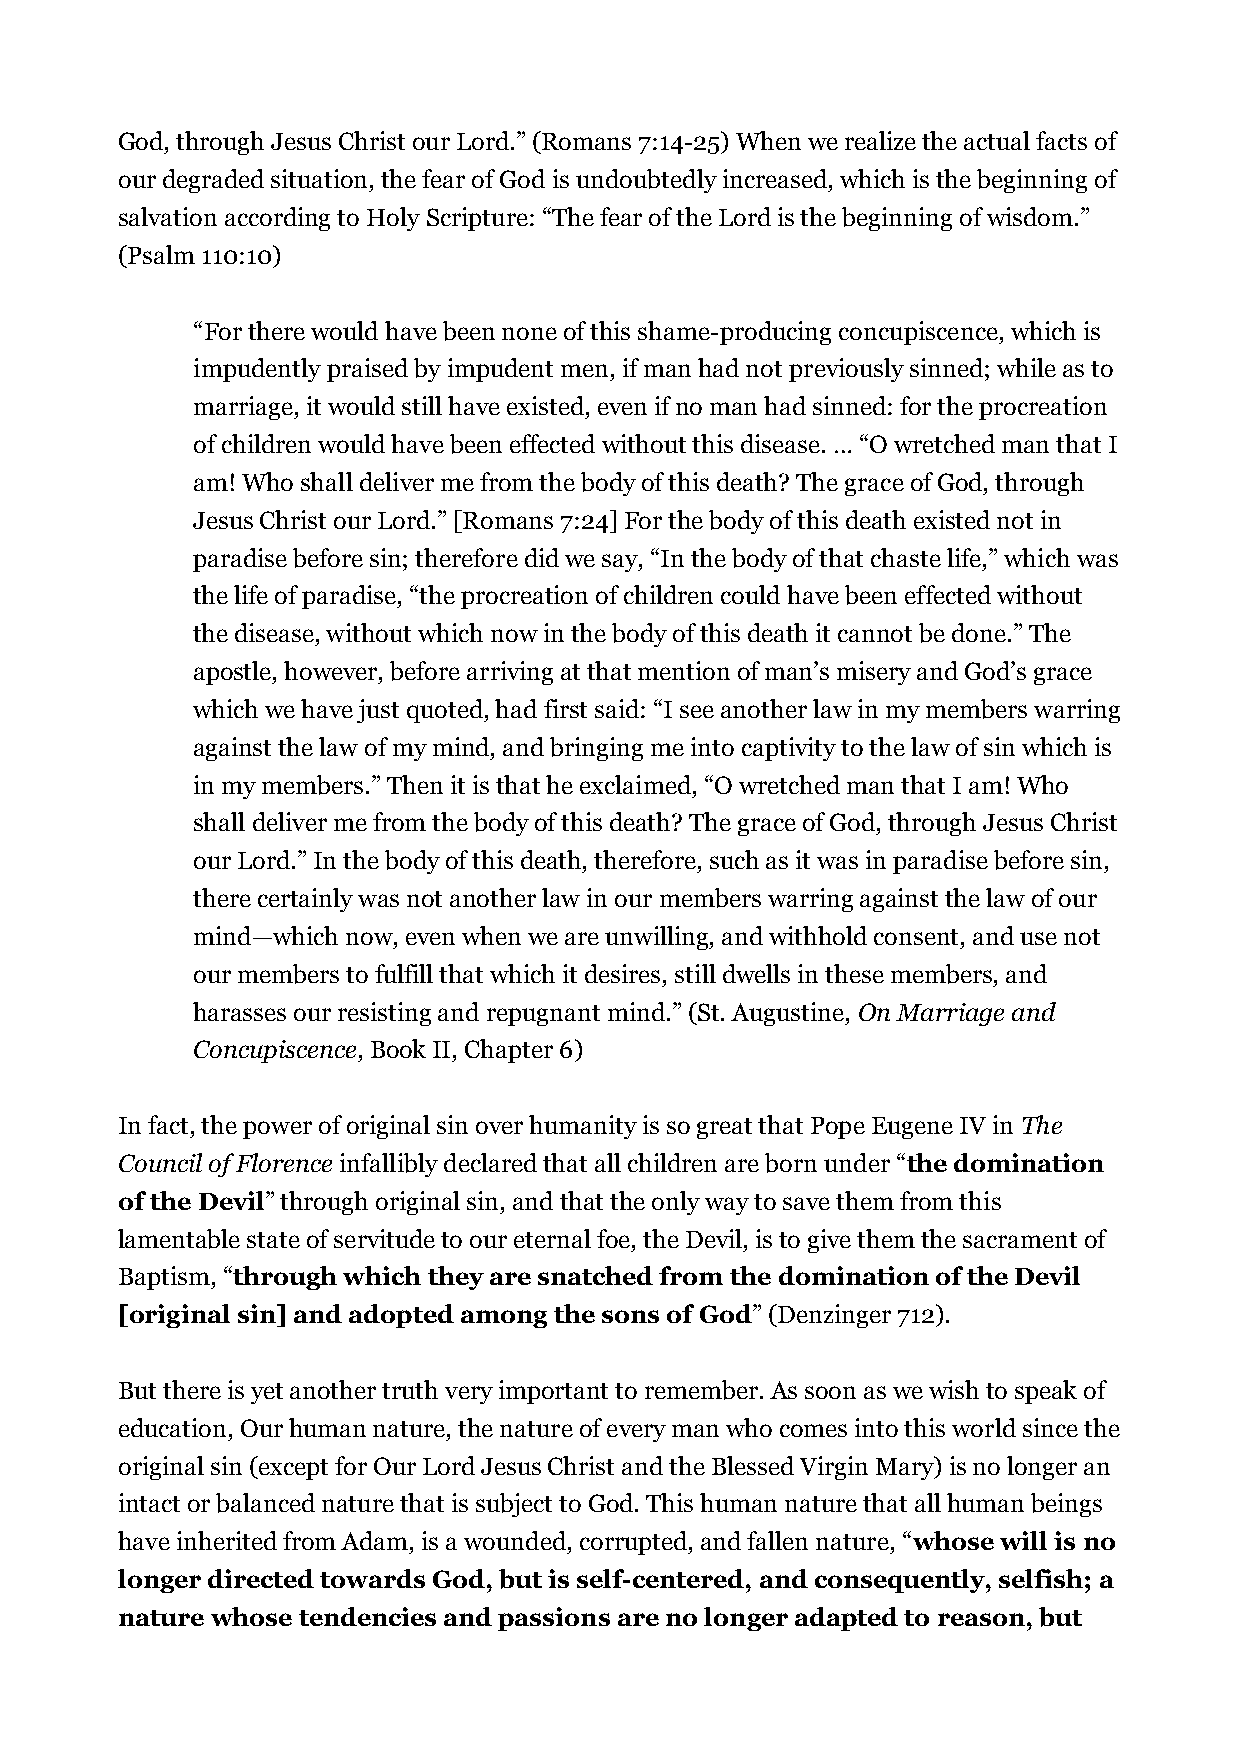
God, through Jesus Christ our Lord.” (Romans 7:14-25) When we realize the actual facts of
 our degraded situation, the fear of God is undoubtedly increased, which is the beginning of
 salvation according to Holy Scripture: “The fear of the Lord is the beginning of wisdom.”
 (Psalm 110:10)
 “For there would have been none of this shame-producing concupiscence, which is
 impudently praised by impudent men, if man had not previously sinned; while as to
 marriage, it would still have existed, even if no man had sinned: for the procreation
 of children would have been effected without this disease. … “O wretched man that I
 am! Who shall deliver me from the body of this death? The grace of God, through
 Jesus Christ our Lord.” [Romans 7:24] For the body of this death existed not in
 paradise before sin; therefore did we say, “In the body of that chaste life,” which was
 the life of paradise, “the procreation of children could have been effected without
 the disease, without which now in the body of this death it cannot be done.” The
 apostle, however, before arriving at that mention of man’s misery and God’s grace
 which we have just quoted, had first said: “I see another law in my members warring
 against the law of my mind, and bringing me into captivity to the law of sin which is
 in my members.” Then it is that he exclaimed, “O wretched man that I am! Who
 shall deliver me from the body of this death? The grace of God, through Jesus Christ
 our Lord.” In the body of this death, therefore, such as it was in paradise before sin,
 there certainly was not another law in our members warring against the law of our
 mind—which now, even when we are unwilling, and withhold consent, and use not
 our members to fulfill that which it desires, still dwells in these members, and
 harasses our resisting and repugnant mind.” (St. Augustine, On Marriage and
 Concupiscence, Book II, Chapter 6)
 In fact, the power of original sin over humanity is so great that Pope Eugene IV in The
 Council of Florence infallibly declared that all children are born under “the domination
 of the Devil” through original sin, and that the only way to save them from this
 lamentable state of servitude to our eternal foe, the Devil, is to give them the sacrament of
 Baptism, “through which they are snatched from the domination of the Devil
 [original sin] and adopted among the sons of God” (Denzinger 712).
 But there is yet another truth very important to remember. As soon as we wish to speak of
 education, Our human nature, the nature of every man who comes into this world since the
 original sin (except for Our Lord Jesus Christ and the Blessed Virgin Mary) is no longer an
 intact or balanced nature that is subject to God. This human nature that all human beings
 have inherited from Adam, is a wounded, corrupted, and fallen nature, “whose will is no
 longer directed towards God, but is self-centered, and consequently, selfish; a
 nature whose tendencies and passions are no longer adapted to reason, but